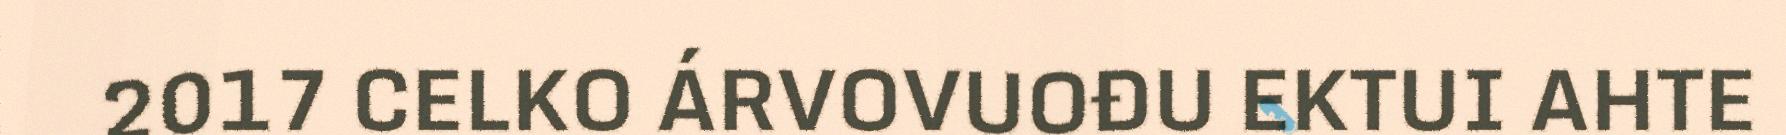
2017 CELKO ÁRVOVUOĐU EKTUI AHTE